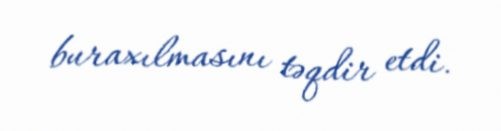
buraxılmasını təqdir etdi.